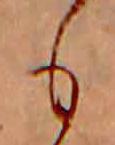
も